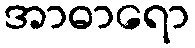
အာဓာရော